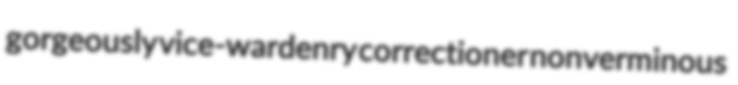
gorgeously vice-wardenry correctioner nonverminous